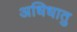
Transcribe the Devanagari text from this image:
अधिधातु